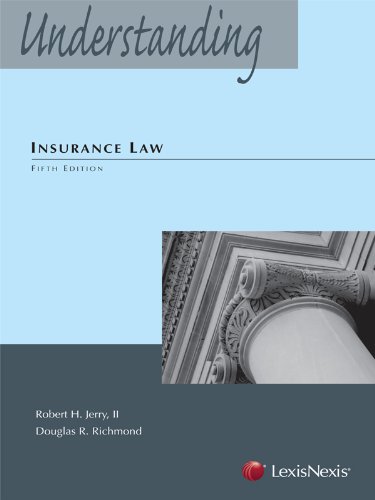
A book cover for Understanding Insurance Law (2012); Robert H. Jerry II; Law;